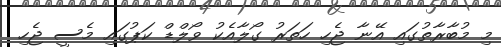
މި މުބާރާތުގައި އޭނާ ޖެހި ހަތަރު ގޯލާއެކު ވޯލްޑް ކަޕުގައި މެސީ ޖެހި